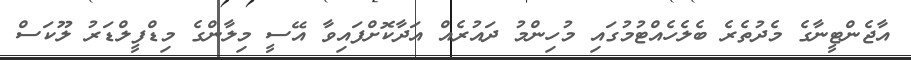
އާޖެންޓީނާގެ މެދުތެރެ ބެލެހެއްޓުމުގައި މުހިންމު ދައުރެއް އަދާކޮށްފައިވާ އޭސީ މިލާންގެ މިޑްފީލްޑަރު ލޫކަސް